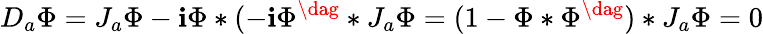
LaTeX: D_{a}\Phi=J_{a}\Phi-\mathbf{i}\Phi*(-\mathbf{i}\Phi^{\dag}*J_{a}\Phi=(1-\Phi*\Phi^{\dag})*J_{a}\Phi=0